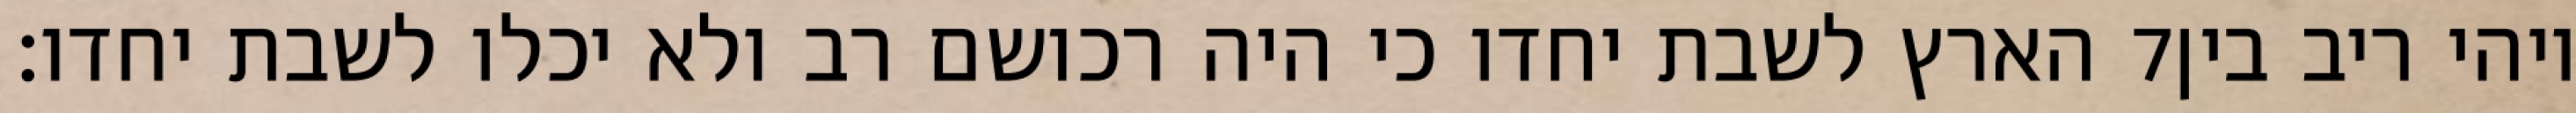
הארץ לשבת יחדו כי היה רכושם רב ולא יכלו לשבת יחדו׃ ‎7‏ ויהי ריב בין